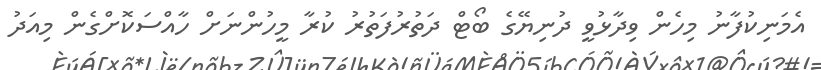
އެމަނިކުފާނު މިހެން ވިދާޅުވީ ދުނިޔޭގެ ބޯޓް ދަތުރުފަތުރު ކުރާ މީހުންނަށް ހާއްސަކޮށްގެން މިއަދު